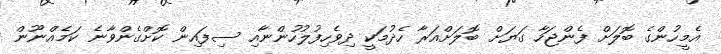
އެމީހުންގެ ބޮލަށް ފެންޖަހާ ގަޔަށް ބޮލަށްއަރާ ހެދުމަކީ ދިވެހިފުލުހުންނާއި ސިފައިން ކޮށްގެންވާނެ ކަމެއްނޫން